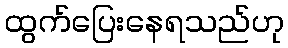
ထွက်ပြေးနေရသည်ဟု